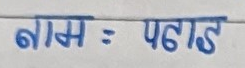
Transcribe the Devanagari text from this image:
नाम : पहाड